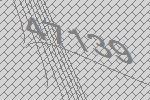
47139